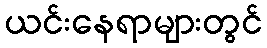
ယင်းနေရာများတွင်